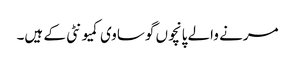
مرنے والے پانچوں گوساوی کمیونٹی کے ہیں۔